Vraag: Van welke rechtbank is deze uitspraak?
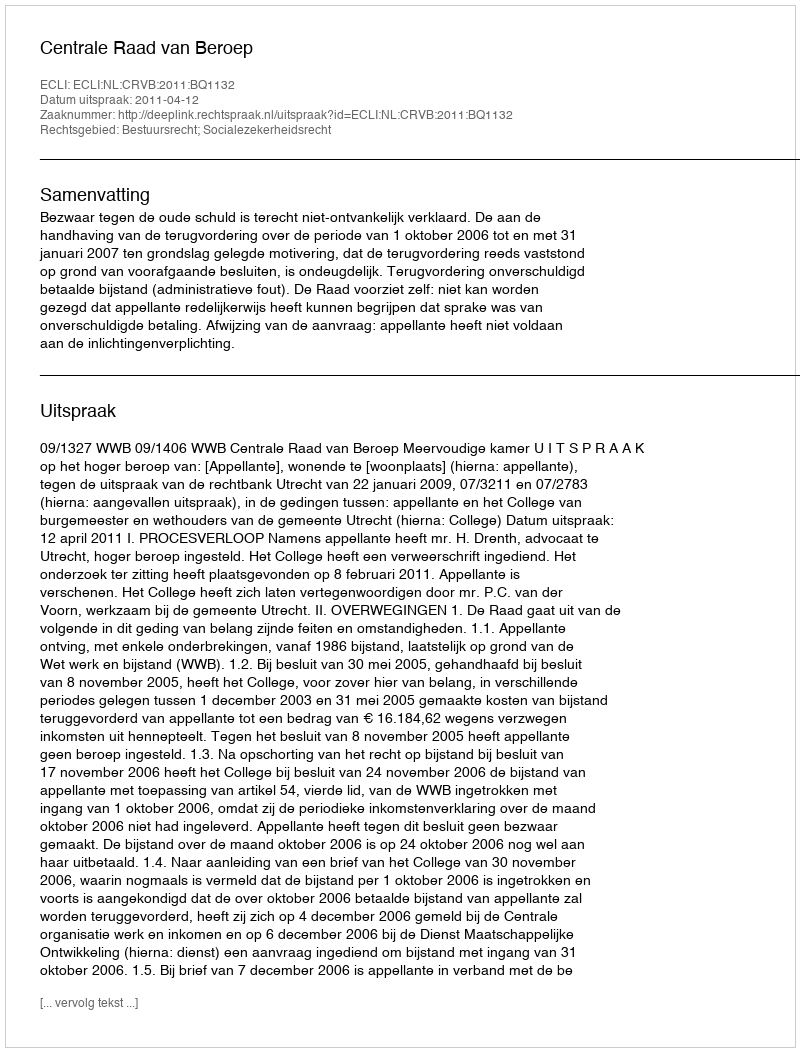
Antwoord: Centrale Raad van Beroep